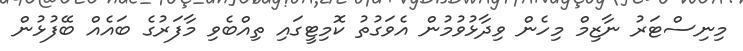
މިނިސްޓަރު ނާޒިމް މިހެން ވިދާޅުވުމުން އެވަގުތު ކޮމިޓީގައި ތިއްބެވި މާފަރުގެ ބައެއް ބޭފުޅުން